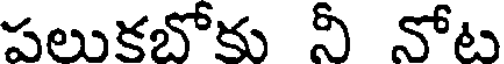
పలుకబోకు నీ నోట